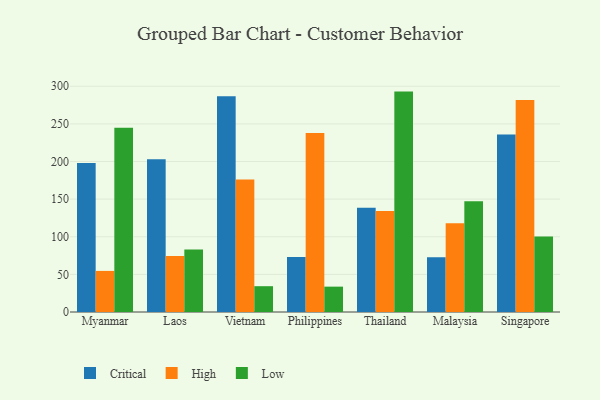
{"axis": {"x": "Country", "y": "Headcount"}, "legend": ["Critical", "High", "Low"], "data": [{"x": "Myanmar", "y": 197.9, "type": "Critical"}, {"x": "Myanmar", "y": 54.6, "type": "High"}, {"x": "Myanmar", "y": 244.8, "type": "Low"}, {"x": "Laos", "y": 203.0, "type": "Critical"}, {"x": "Laos", "y": 74.3, "type": "High"}, {"x": "Laos", "y": 82.9, "type": "Low"}, {"x": "Vietnam", "y": 286.8, "type": "Critical"}, {"x": "Vietnam", "y": 176.0, "type": "High"}, {"x": "Vietnam", "y": 34.3, "type": "Low"}, {"x": "Philippines", "y": 73.2, "type": "Critical"}, {"x": "Philippines", "y": 237.9, "type": "High"}, {"x": "Philippines", "y": 33.7, "type": "Low"}, {"x": "Thailand", "y": 138.5, "type": "Critical"}, {"x": "Thailand", "y": 134.2, "type": "High"}, {"x": "Thailand", "y": 292.9, "type": "Low"}, {"x": "Malaysia", "y": 72.8, "type": "Critical"}, {"x": "Malaysia", "y": 117.8, "type": "High"}, {"x": "Malaysia", "y": 147.3, "type": "Low"}, {"x": "Singapore", "y": 235.9, "type": "Critical"}, {"x": "Singapore", "y": 281.6, "type": "High"}, {"x": "Singapore", "y": 100.3, "type": "Low"}]}